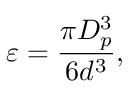
\varepsilon = \frac { \pi D _ { p } ^ { 3 } } { 6 d ^ { 3 } } ,